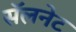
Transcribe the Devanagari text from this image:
सॅलनेट